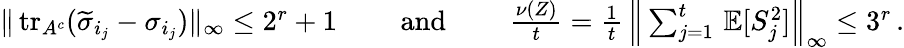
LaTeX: \begin{array}{r}{\| \operatorname{tr}_{A^{c}}(\widetilde{\sigma}_{i_{j}}-\sigma_{i_{j}})\| _{\infty}\le 2^{r}+1\qquad\mathrm{~and~}\qquad\frac{\nu(Z)}{t}=\frac{1}{t}\, \Big\| \sum_{j=1}^{t}\, \mathbb{E}[S_{j}^{2}]\Big\| _{\infty}\le 3^{r}\, .}\end{array}